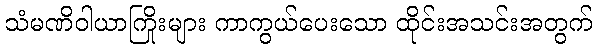
သံမဏိဝါယာကြိုးများ ကာကွယ်ပေးသော ထိုင်းအသင်းအတွက်